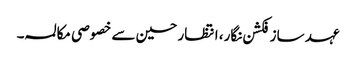
عہد ساز فکشن نگار، انتظار حسین سے خصوصی مکالمہ ۔